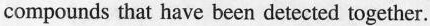
compounds that have been detected together.